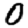
Digit: 0